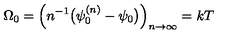
\Omega _ { 0 } = \Bigl ( n ^ { - 1 } \bigl ( \psi _ { 0 } ^ { ( n ) } - \psi _ { 0 } \bigr ) \Bigr ) _ { n \rightarrow \infty } = k T